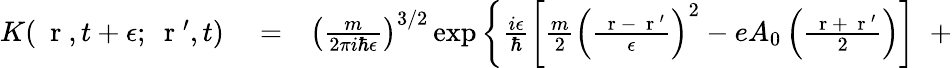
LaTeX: \begin{array}{rlr}{K(\mathrm{~\mathbf~r~},t+\epsilon;\mathrm{~\mathbf~r~}^{\prime},t)}&{{}=}&{\left(\frac{m}{2\pi i\hbar\epsilon}\right)^{3/2}\exp\left\{ \frac{i\epsilon}{\hbar}\left[\frac{m}{2}\left(\frac{\mathrm{~\mathbf~r~}-\mathrm{~\mathbf~r~}^{\prime}}{\epsilon}\right)^{2}-eA_{0}\left(\frac{\mathrm{~\mathbf~r~}+\mathrm{~\mathbf~r~}^{\prime}}{2}\right)\right]\; \; +\right.}\end{array}